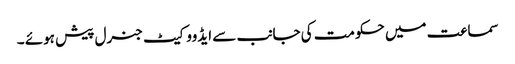
سماعت میں حکومت کی جانب سے ایڈووکیٹ جنرل پیش ہوئے ۔